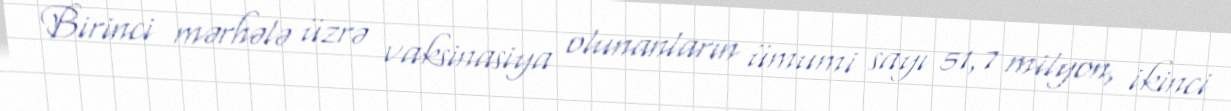
Birinci mərhələ üzrə vaksinasiya olunanların ümumi sayı 51,7 milyon, ikinci